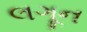
લગૂન